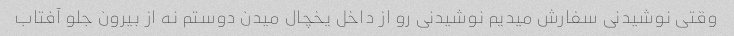
وقتی نوشیدنی سفارش میدیم نوشیدنی رو از داخل یخچال میدن دوستم‌ نه از بیرون جلو آفتاب